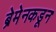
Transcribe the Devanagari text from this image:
ब्रेमेनकडून